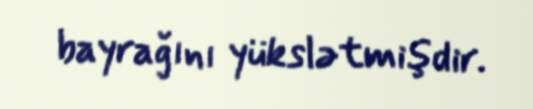
bayrağını yükslətmişdir.